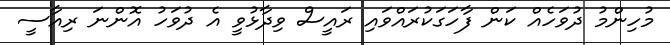
މުހިންމު ދުވަހެއް ކަން ފާހަގަކުރައްވައި ރައީސް ވިދާޅުވީ އެ ދުވަހު އޮންނަ ރިއާސީ